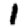
Digit: 1